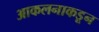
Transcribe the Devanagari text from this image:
आकलनाकडून